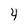
Character: 4